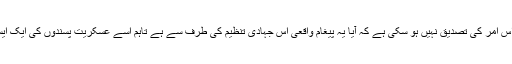
عراقی دارالحکومت بغداد سے نیوز ایجنسی ایسوسی ایٹڈ پریس کی ایک رپورٹ کے مطابق اس امر کی تصدیق نہیں ہو سکی ہے کہ آیا یہ پیغام واقعی اس جہادی تنظیم کی طرف سے ہے تاہم اسے عسکریت پسندوں کی ایک ایسی ویب سائٹ پر پوسٹ کیا گیا ہے، جہاں عموماً اس طرح کے پیغامات بھیجے جاتے ہیں۔